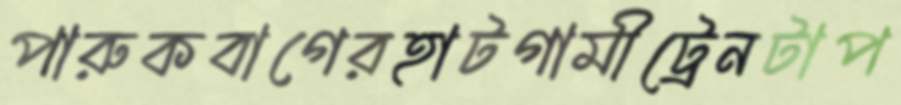
পারুকবাগেরহাটগামীট্রেনটাপ